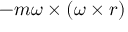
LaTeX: - m { \boldsymbol { \omega } } \times ( { \boldsymbol { \omega } } \times { \boldsymbol { r } } )